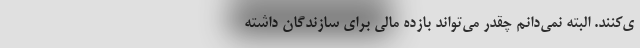
ی‌کنند. البته نمی‌دانم چقدر می‌تواند بازده مالی برای سازندگان داشته